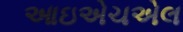
આઇએચએલ